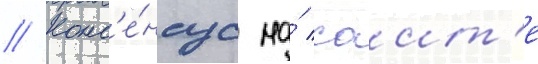
// Конс'е́нсус на́ саит'е